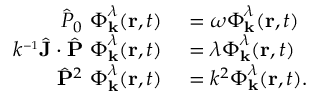
\begin{array} { r l } { \hat { P } _ { 0 } ~ \boldsymbol { \Phi } _ { \mathbf { k } } ^ { \lambda } ( \mathbf { r } , t ) } & { { } = \omega \boldsymbol { \Phi } _ { \mathbf { k } } ^ { \lambda } ( \mathbf { r } , t ) } \\ { k ^ { \scriptscriptstyle { - 1 } } \hat { \mathbf { J } } \cdot \hat { \mathbf { P } } ~ \boldsymbol { \Phi } _ { \mathbf { k } } ^ { \lambda } ( \mathbf { r } , t ) } & { { } = \lambda \boldsymbol { \Phi } _ { \mathbf { k } } ^ { \lambda } ( \mathbf { r } , t ) } \\ { \hat { \mathbf { P } } ^ { 2 } ~ \boldsymbol { \Phi } _ { \mathbf { k } } ^ { \lambda } ( \mathbf { r } , t ) } & { { } = k ^ { 2 } \boldsymbol { \Phi } _ { \mathbf { k } } ^ { \lambda } ( \mathbf { r } , t ) . } \end{array}